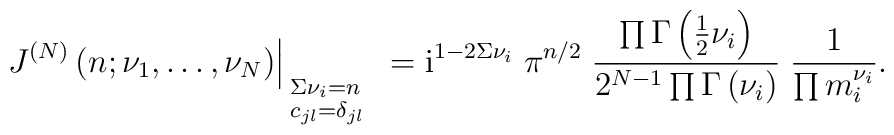
\left. \; J^{(N)}\left(n; \nu_1, \ldots , \nu_N \right)\right|_{\begin{array}{l} {}_{\!\! \Sigma\nu_i=n} \\                           {}^{\!\! c_{jl}=\delta_{jl}}         \end{array}}= \mbox{i}^{1-2\Sigma\nu_i} \; \pi^{n/2} \;\frac{\prod\Gamma\left({\textstyle{1\over2}} \nu_i \right)}     {2^{N-1} \prod\Gamma\left(\nu_i\right)}\; \frac{1}{\prod m_i^{\nu_i}} .